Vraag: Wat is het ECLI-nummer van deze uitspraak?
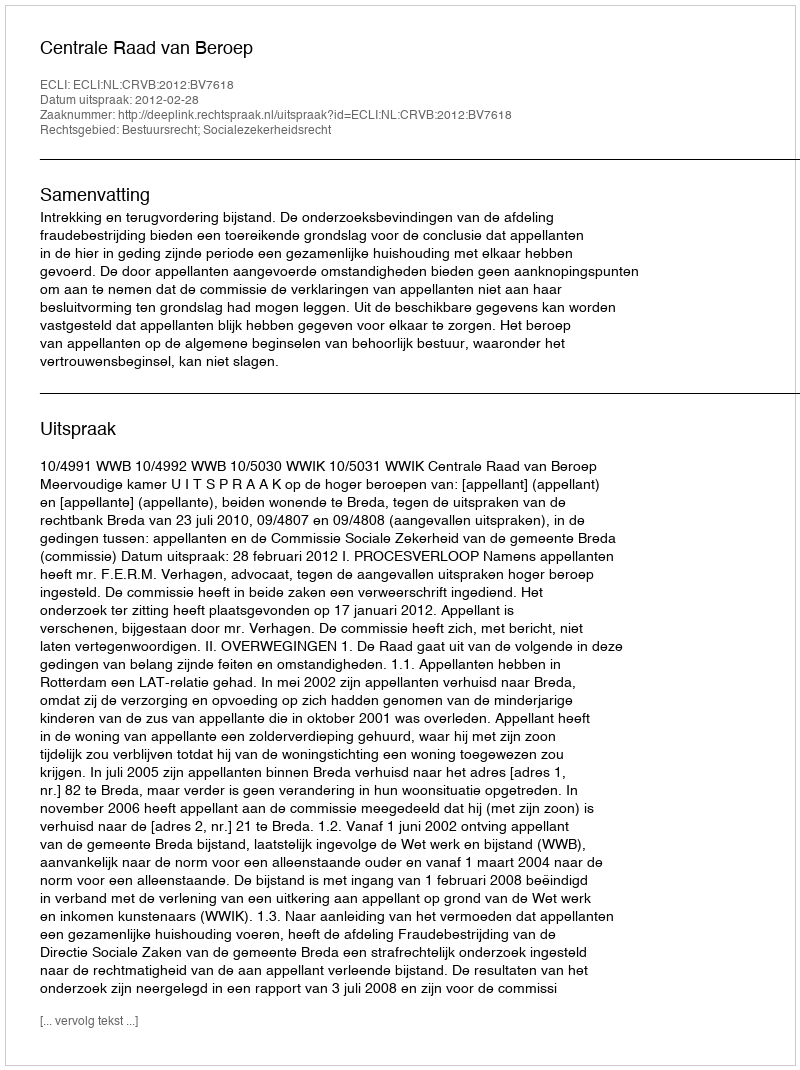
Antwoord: ECLI:NL:CRVB:2012:BV7618